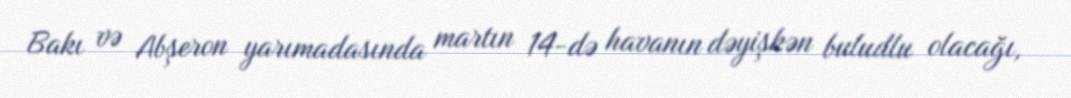
Bakı və Abşeron yarımadasında martın 14-də havanın dəyişkən buludlu olacağı,